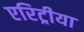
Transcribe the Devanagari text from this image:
एरिट्रीया